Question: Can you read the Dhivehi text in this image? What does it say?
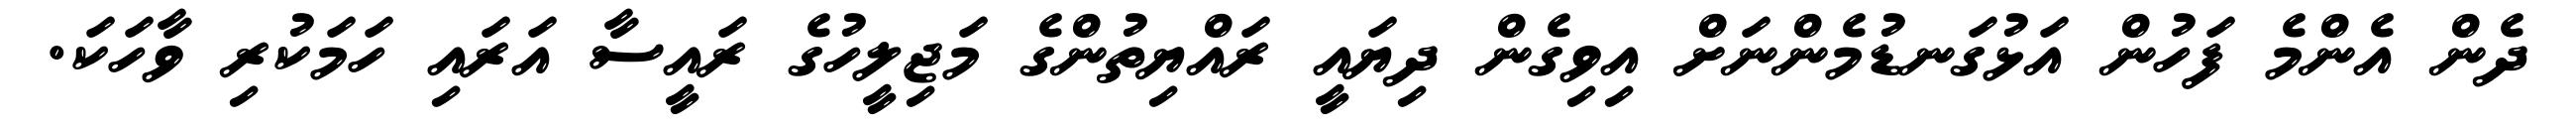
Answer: ދެން އެންމެ ފަހުން އަޅުގަނޑުމެންނަށް އިވިގެން ދިޔައީ ރައްޔިތުންގެ މަޖިލީހުގެ ރައީސާ އަރައި ހަމަކުރި ވާހަކަ.